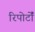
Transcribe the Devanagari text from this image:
रिपोर्टोँं